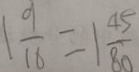
1 \frac { 9 } { 1 6 } = 1 \frac { 4 5 } { 8 0 }